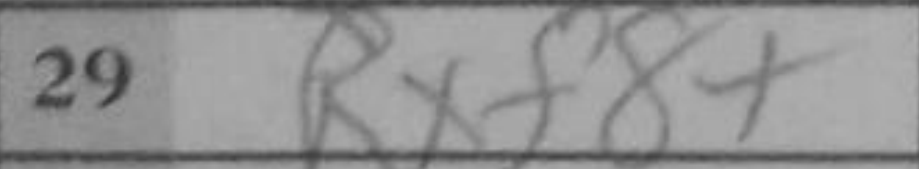
Transcription: Qb4+